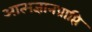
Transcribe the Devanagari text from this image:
आत्मज्ञानप्राप्ति